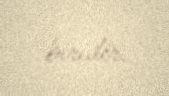
biridir.